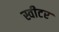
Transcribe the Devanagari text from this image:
स्वीटर